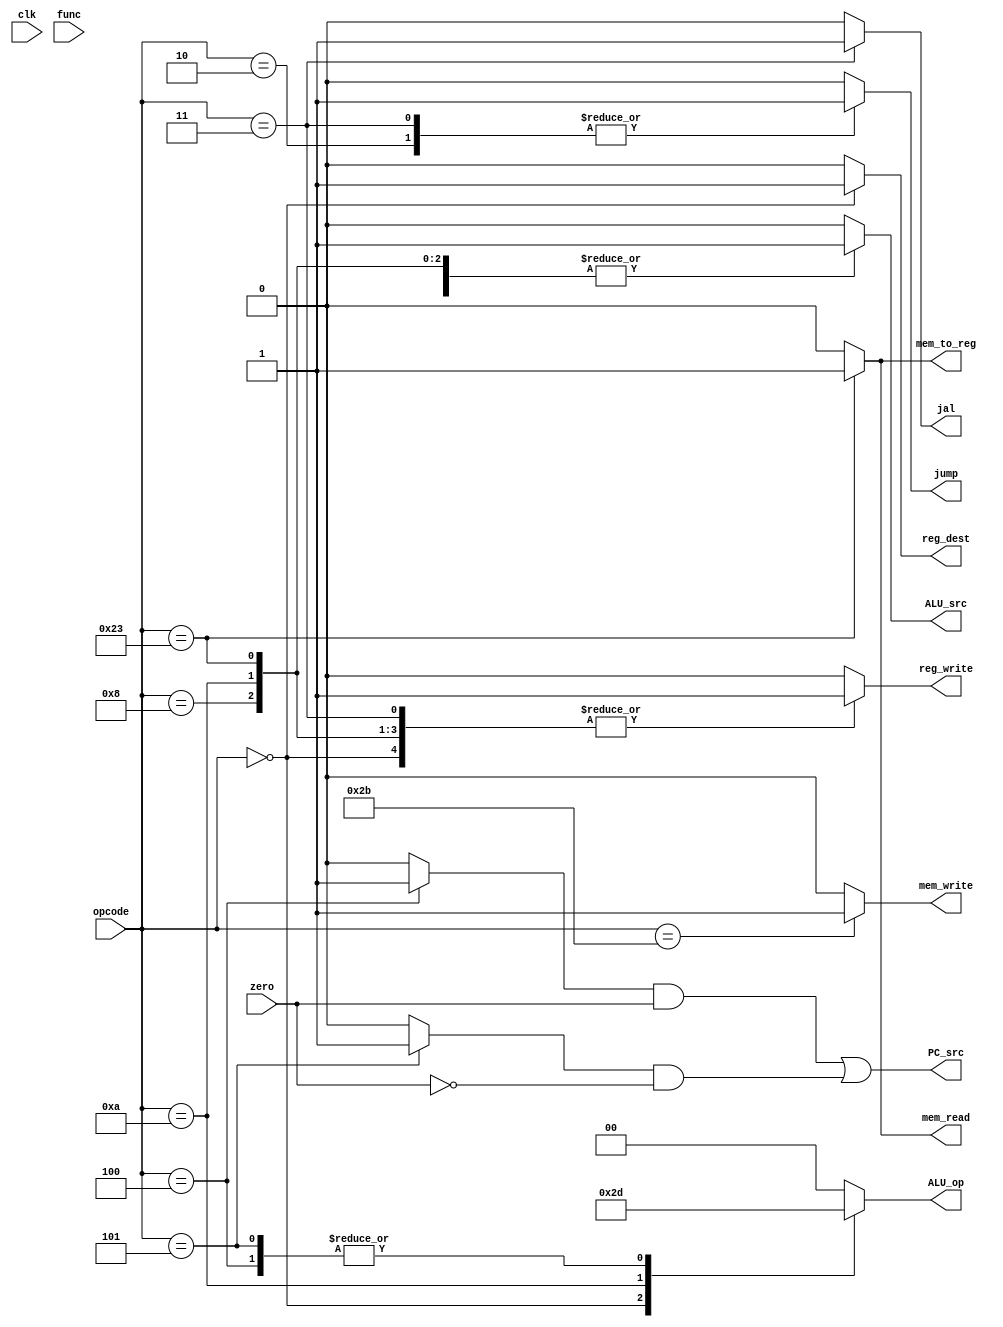
module control(input clk, input [5:0] opcode,func, input zero,
				output reg reg_dest, PC_src, mem_read, mem_write, mem_to_reg, ALU_src, reg_write, jump, jal,
				output reg [1:0] ALU_op);

	reg bne, beq;
	always @(opcode,func,clk) begin

		{reg_dest, beq, bne, mem_read, mem_write, mem_to_reg, ALU_src, reg_write, jump, jal} <= 10'd0;
		ALU_op <= 2'b00;

		case(opcode)	
			6'd0: begin//add, sub, slt, jr
				{reg_dest, reg_write} <= 2'b11;
				ALU_op <= 2'b10; end
			//addi
			6'd8:
				{reg_write, ALU_src} <= 2'b11;
			//slti
			6'd10: begin
				{reg_write, ALU_src} <= 2'b11;
				ALU_op <= 2'b11; end
			//lw
			6'd35:
				{reg_write, ALU_src, mem_read, mem_to_reg} <= 4'b1111;
			//sw
			6'd43:
				{ALU_src, mem_write} <= 2'b11;
			//j
			6'd2:
				jump <= 1'b1;
			//jal
			6'd3: begin
				reg_write <= 1'b1;
				jal <= 1'b1; 
				jump <= 1'b1;
				end
			//beg
			6'd4: begin
				beq <= 1'b1;
				ALU_op <= 2'b01; end
			//bne
			6'd5: begin
				bne <= 1'b1;
				ALU_op <= 2'b01; end
		endcase
	end	

	assign PC_src = (beq & zero) | (bne & ~zero);
endmodule